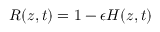
R ( z , t ) = 1 - \epsilon H ( z , t )